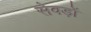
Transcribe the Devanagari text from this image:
सेवड़ों